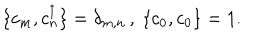
\{ c _ { m } , c _ { n } ^ { \dagger } \} = \delta _ { m , n } \, , \ \{ c _ { 0 } , c _ { 0 } \} = 1 .